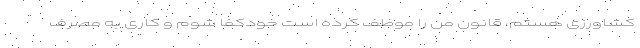
کشاورزی هستم، قانون من را موظف کرده است خودکفا شوم و کاری به مصرف